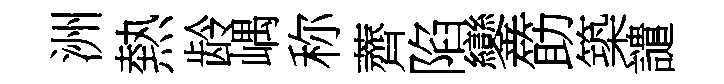
洲熱龄嵎称薺陷鑾筯築譴